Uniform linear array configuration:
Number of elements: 8
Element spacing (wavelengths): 1
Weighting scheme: hann
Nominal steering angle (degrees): -30
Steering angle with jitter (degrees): -31.739
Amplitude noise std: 0.05
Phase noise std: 0.05

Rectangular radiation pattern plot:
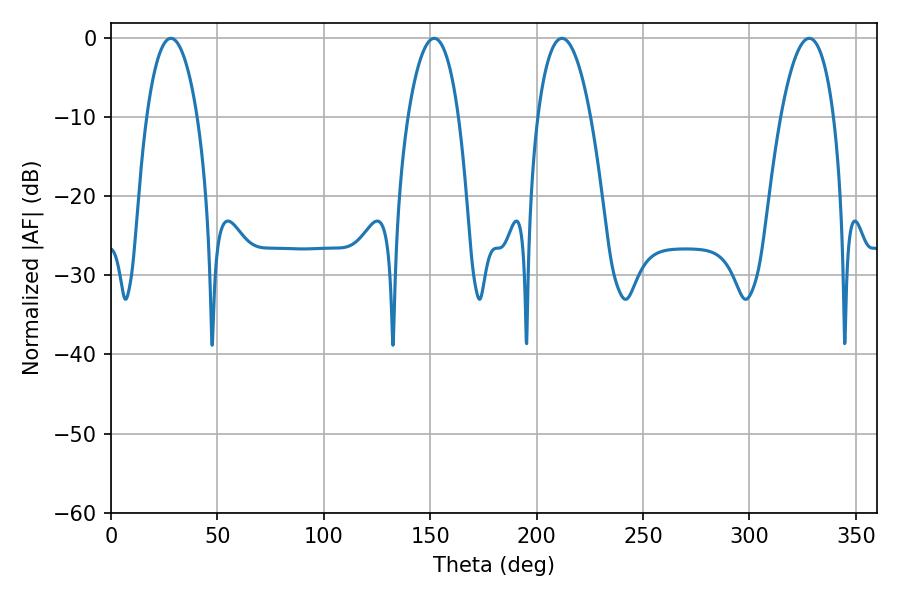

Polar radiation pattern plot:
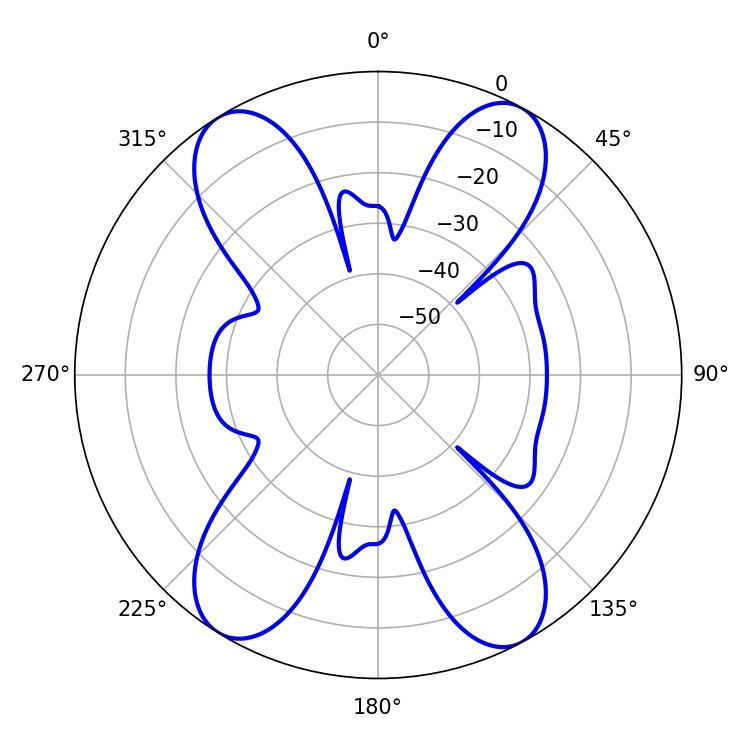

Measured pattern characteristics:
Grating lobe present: TRUE
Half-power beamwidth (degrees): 14.04
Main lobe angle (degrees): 211.86